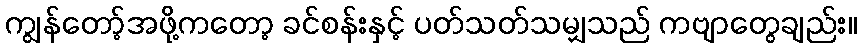
ကျွန်တော့်အဖို့ကတော့ ခင်စန်းနှင့် ပတ်သတ်သမျှသည် ကဗျာတွေချည်း။